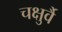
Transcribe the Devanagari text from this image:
चक्षुर्वै